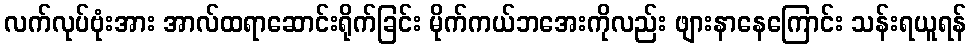
လက်လုပ်ဗုံးအား အာလ်ထရာဆောင်းရိုက်ခြင်း မိုက်ကယ်ဘအေးကိုလည်း ဖျားနာနေကြောင်း သန်းရယူရန်